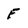
Character: F